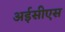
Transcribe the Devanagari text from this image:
अईसीएस